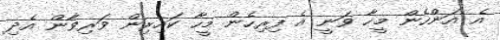
އެ އަންހެން މީހާ ވަނީ އެ ފިރިހެން މީހާ ކައިރިން ވަރިވާން އެދި